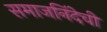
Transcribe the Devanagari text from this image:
समाजनिंदेची